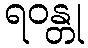
ရဝန္တု